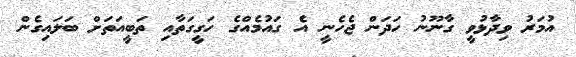
އުމަރު ވިދާޅުވީ ގާނޫނު ހަދަން ޖެހެނީ އެ ގައުމެއްގެ ހަގީގަތާއި ތަބީއަތަށް ބަލައިގެން